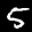
Label: 5